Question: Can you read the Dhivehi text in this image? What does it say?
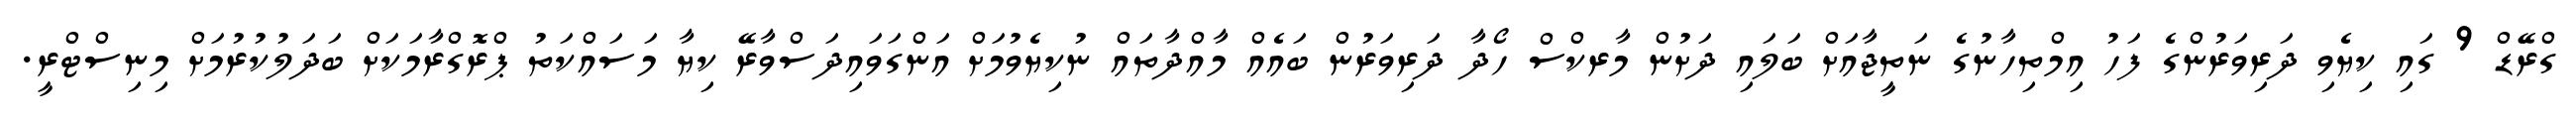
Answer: ގްރޭޑް 9 ގައި ކިޔެވި ދަރިވަރުންގެ ފަހު އިމްތިހާނުގެ ނަތީޖާއަށް ބަލައި ދަށުން މާރކްސް ހޯދާ ދަރިވަރުން ބައެއް މާއްދާތައް ނުކިޔެވުމަށް އަންގަވައިދަސްވާރޭ ކިޔާ މަސައްކަތު ޕްރޮގްރާމަކަށް ބަދަލުކުރުމަށް މިނިސްޓްރީ.